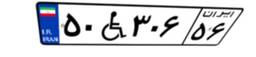
۵۰W۳۰۶۵۶